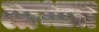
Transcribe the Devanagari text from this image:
लाभात